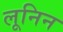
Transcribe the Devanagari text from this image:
लूनिन